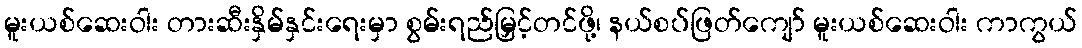
မူးယစ်ဆေးဝါး တားဆီးနှိမ်နှင်းရေးမှာ စွမ်းရည်မြှင့်တင်ဖို့၊ နယ်စပ်ဖြတ်ကျော် မူးယစ်ဆေးဝါး ကာကွယ်